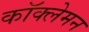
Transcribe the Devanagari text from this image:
कॉक्लेमन